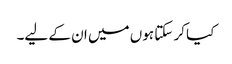
کیا کر سکتا ہوں میں ان کے لیے۔